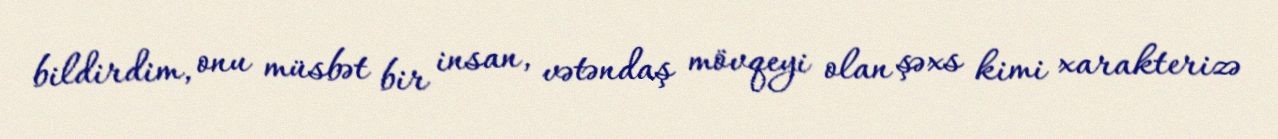
bildirdim, onu müsbət bir insan, vətəndaş mövqeyi olan şəxs kimi xarakterizə